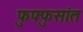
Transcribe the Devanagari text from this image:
फुफ्फुसांत